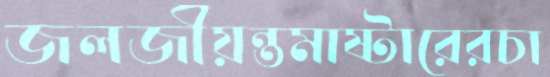
জলজীয়ন্তমাষ্টারেরচা